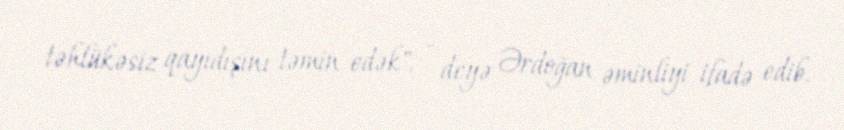
təhlükəsiz qayıdışını təmin edək", - deyə Ərdoğan əminliyi ifadə edib.